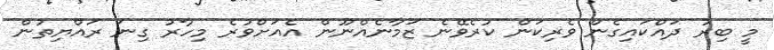
މީ ބިރު ދައްކައިގެން ވެރިކަން ކުރެވޭނެ ޒަމާނެއްނޫން އެއަށްވުރެ މިހާރު ގިނަ ރައްޔިތުން